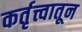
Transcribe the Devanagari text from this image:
कर्तृत्त्वातून